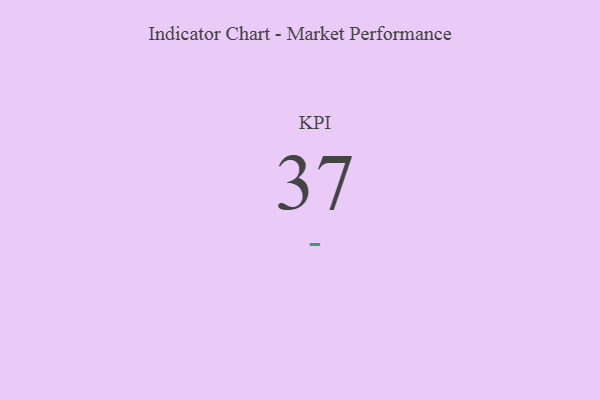
{"axis": {"x": "KPI", "y": "Value"}, "legend": [""], "data": [{"x": "KPI", "y": 37, "type": ""}]}